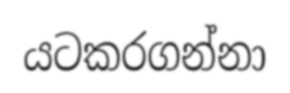
යටකරගන්නා